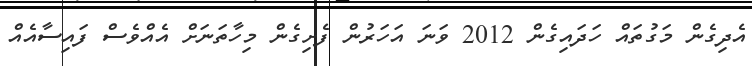
އެދިގެން މަގުތައް ހަދައިގެން 2012 ވަނަ އަހަރުން ފެށިގެން މިހާތަނަށް އެއްވެސް ފައިސާއެއް